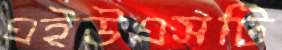
এইউএসটি